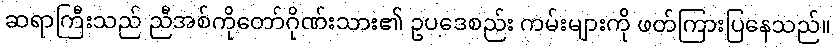
ဆရာကြီးသည် ညီအစ်ကိုတော်ဂိုဏ်းသား၏ ဥပဒေစည်း ကမ်းများကို ဖတ်ကြားပြနေသည်။